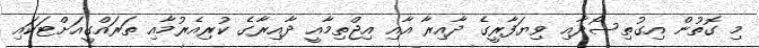
މި ގޮތުން އިގުތިސޯދާއި ވިޔަފާރީގެ ދާއިރާ އާއި އިޖްތިމާއީ ދާއިރާގެ ކުރިއެރުމާއި ތަރައްގީއަށްޓަކައި